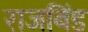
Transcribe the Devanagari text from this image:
राजबिंड